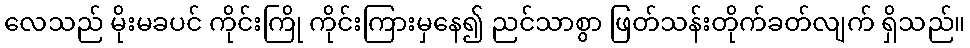
လေသည် မိုးမခပင် ကိုင်းကြို ကိုင်းကြားမှနေ၍ ညင်သာစွာ ဖြတ်သန်းတိုက်ခတ်လျက် ရှိသည်။